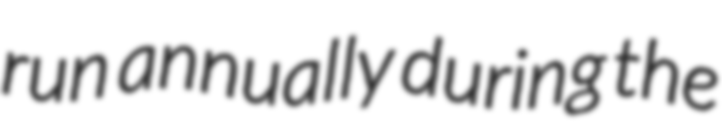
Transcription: run annually during the